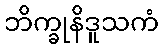
ဘိက္ခုနိဒူသကံ